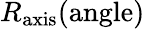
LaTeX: R_{\textrm{axis}}({\textrm{angle}})